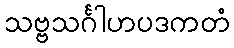
သဗ္ဗသင်္ဂါဟပဒကတံ